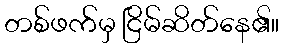
တစ်ဖက်မှ ငြိမ်ဆိတ်နေ၏။